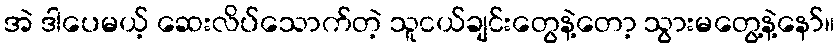
အဲ ဒါပေမယ့် ဆေးလိပ်သောက်တဲ့ သူငယ်ချင်းတွေနဲ့တော့ သွားမတွေ့နဲ့နော်။